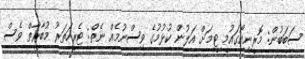
ސަބަބުން: މޮރީނިއޯގައުމީ ޓީމަށް އަލުން ކުޅުމުގެ ވިސްނުމެއް ނެތް: ޓެރީހަތަރު މުބާރާތް ވެސް